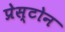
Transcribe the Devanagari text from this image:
प्रेस्टोन